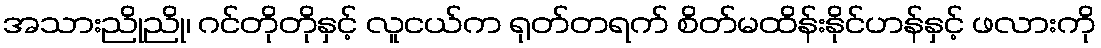
အသားညိုညို၊ ဂင်တိုတိုနှင့် လူငယ်က ရုတ်တရက် စိတ်မထိန်းနိုင်ဟန်နှင့် ဖလားကို